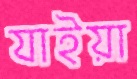
যাইয়া